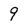
Character: 9